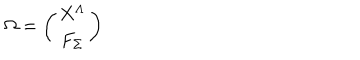
\Omega = \left( \begin{matrix} { { X ^ { \Lambda } } } \\ { { F _ { \Sigma } } } \\ \end{matrix} \right)